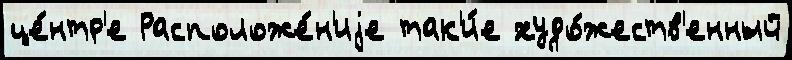
це́нтр'е Расположе́н'иjе так'и́е худо́жеств'енный